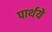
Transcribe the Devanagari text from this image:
पार्थये